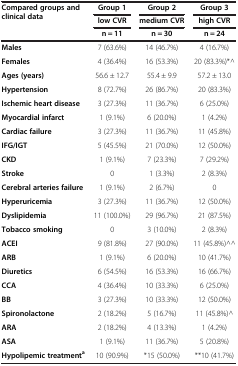
| Compared groups and clinical data | Group 1 | Group 2 | Group 3 |
 |  | low CVR | medium CVR | high CVR |
 |  | n = 11 | n = 30 | n = 24 |
 | --- | --- | --- | --- |
 | Males | 7 (63.6%) | 14 (46.7%) | 4 (16.7%) |
 | Females | 4 (36.4%) | 16 (53.3%) | 20 (83.3%)*^ |
 | Ages (years) | 56.6 ± 12.7 | 55.4 ± 9.9 | 57.2 ± 13.0 |
 | Hypertension | 8 (72.7%) | 26 (86.7%) | 20 (83.3%) |
 | Ischemic heart disease | 3 (27.3%) | 11 (36.7%) | 6 (25.0%) |
 | Myocardial infarct | 1 (9.1%) | 6 (20.0%) | 1 (4.2%) |
 | Cardiac failure | 3 (27.3%) | 11 (36.7%) | 11 (45.8%) |
 | IFG/IGT | 5 (45.5%) | 21 (70.0%) | 12 (50.0%) |
 | CKD | 1 (9.1%) | 7 (23.3%) | 7 (29.2%) |
 | Stroke | 0 | 1 (3.3%) | 2 (8.3%) |
 | Cerebral arteries failure | 1 (9.1%) | 2 (6.7%) | 0 |
 | Hyperuricemia | 3 (27.3%) | 11 (36.7%) | 12 (50.0%) |
 | Dyslipidemia | 11 (100.0%) | 29 (96.7%) | 21 (87.5%) |
 | Tobacco smoking | 0 | 3 (10.0%) | 2 (8.3%) |
 | ACEI | 9 (81.8%) | 27 (90.0%) | 11 (45.8%)^^ |
 | ARB | 1 (9.1%) | 6 (20.0%) | 10 (41.7%) |
 | Diuretics | 6 (54.5%) | 16 (53.3%) | 16 (66.7%) |
 | CCA | 4 (36.4%) | 10 (33.3%) | 6 (25.0%) |
 | BB | 3 (27.3%) | 10 (33.3%) | 12 (50.0%) |
 | Spironolactone | 2 (18.2%) | 5 (16.7%) | 11 (45.8%)^ |
 | ARA | 2 (18.2%) | 4 (13.3%) | 1 (4.2%) |
 | ASA | 1 (9.1%) | 11 (36.7%) | 5 (20.8%) |
 | Hypolipemic treatmenta | 10 (90.9%) | *15 (50.0%) | **10 (41.7%) |